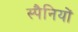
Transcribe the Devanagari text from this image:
स्पैनियों